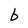
Character: b